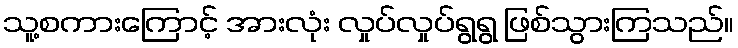
သူ့စကားကြောင့် အားလုံး လှုပ်လှုပ်ရွရွ ဖြစ်သွားကြသည်။